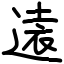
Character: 𫟨